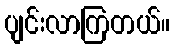
ပျင်းလာကြတယ်။